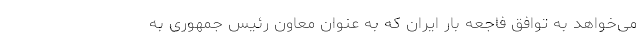
می‌خواهد به توافق فاجعه بار ایران که به عنوان معاون رئیس جمهوری به